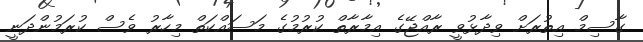
ގާސިމް އިތުރަށް ވިދާޅުވީ ރާއްޖޭގެ އިމާރާތް ކުރުމުގެ މަސައްކަތް މިހާރު ވެސް ކުރަމުންދަނީ